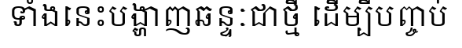
ទាំងនេះបង្ហាញឆន្ទៈជាថ្មី ដើម្បីបញ្ចប់